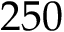
2 5 0